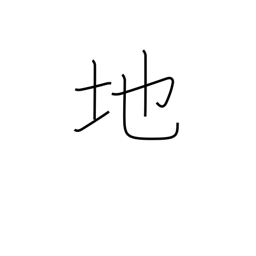
Meaning: ground